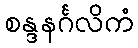
စန္ဒနင်္ဂလိကံ